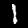
Label: 1